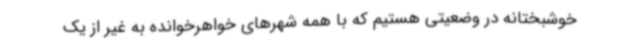
خوشبختانه در وضعیتی هستیم که با همه شهرهای خواهرخوانده به غیر از یک